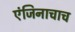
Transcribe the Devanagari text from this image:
एंजिनाचाच